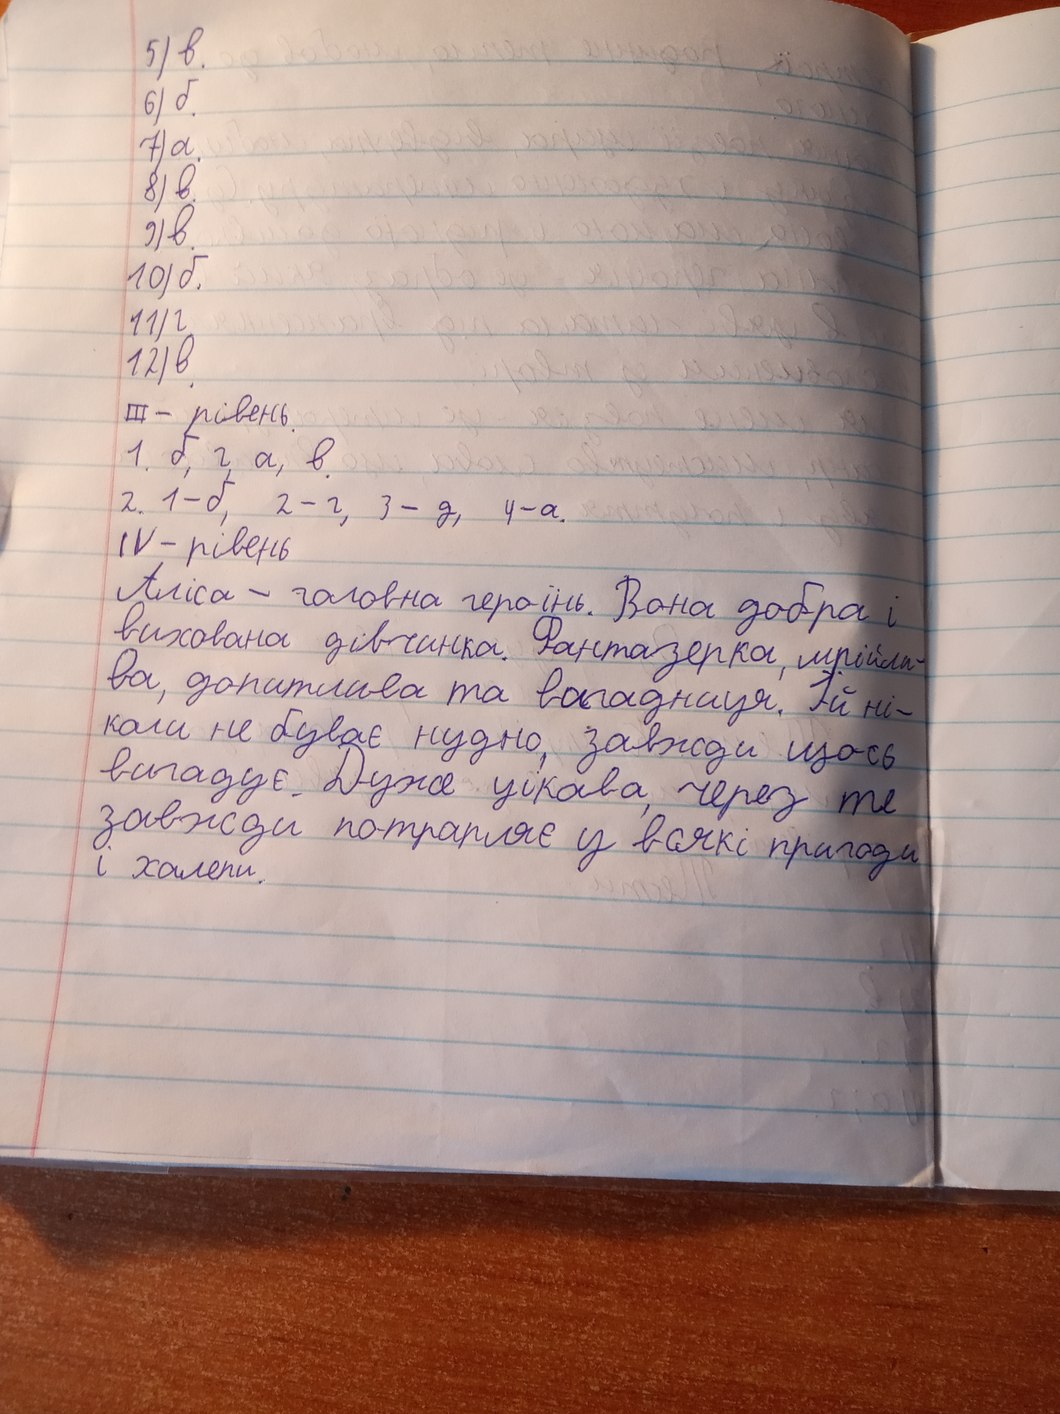
5) в.
6) б.
7) а.
8) в.
9) в
10) б.
11) г
12) в.
III - рівень
1. б, г, а, в.
2. 1 - б, 2 - г, 3 - д, 4 - а.
IV - рівень
Аліса - головна героїнь. Вона добра і
вихована дівчинка. Фантазерка, мрійли-
ва, допитлива та вигадниця. Їй ні-
коли не буває нудно, завжди щось
вигадує. Дуже цікава, через те
завжди потрапляє у всякі пригоди
і халепи.